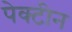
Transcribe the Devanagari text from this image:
पेक्टीन